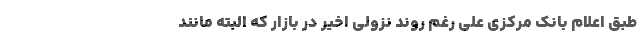
طبق اعلام بانک مرکزی علی رغم روند نزولی اخیر در بازار که البته مانند